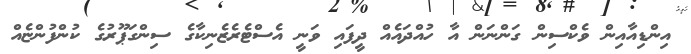
އިންޑިއާއިން ވެކްސިން ގަންނަން އާ ހުއްދައެއް ދީފައި ވަނީ އެސްޓެރެޒެނިކާގެ ސިންގަޕޫރުގެ ކުންފުންޏެއް